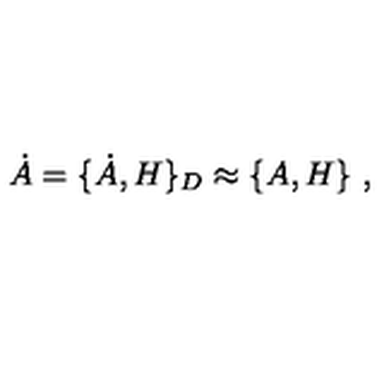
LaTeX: \dot { A } = \{ \dot { A } , H \} _ { D } \approx \{ A , H \} \ ,